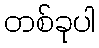
တစ်ခုပါ